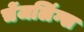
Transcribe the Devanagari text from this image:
चेंजलिंग्स